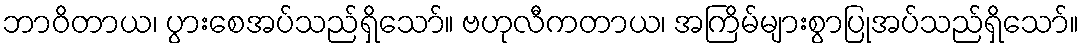
ဘာဝိတာယ၊ ပွားစေအပ်သည်ရှိသော်။ ဗဟုလီကတာယ၊ အကြိမ်များစွာပြုအပ်သည်ရှိသော်။